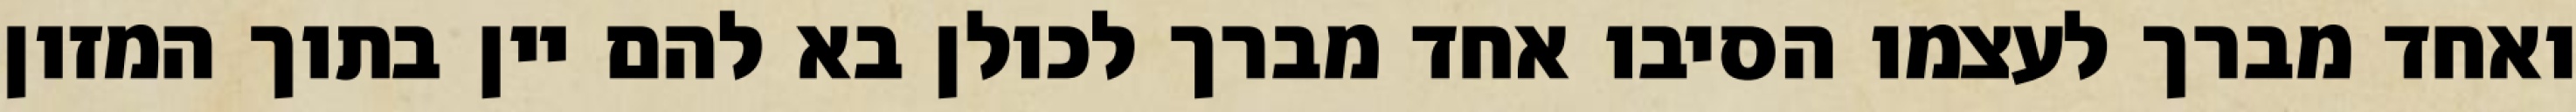
ואחד מברך לעצמו הסיבו אחד מברך לכולן בא להם יין בתוך המזון